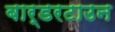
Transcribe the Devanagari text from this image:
बार्डरटाउन